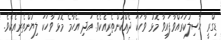
ޑިގްރީ ހާސިލުކުރައްވާފައިވާ މޮޅު ވާހަކަ ދެއްކުންތެރިއެކެވެ. އަދި އެހާމެ މޮޅު ވާހަކަ ލިޔުންތެރިއެކެވެ.